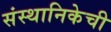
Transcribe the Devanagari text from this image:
संस्थानिकेची